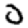
Digit: 0